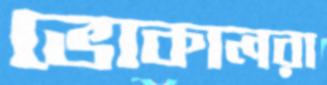
ভোকালরা